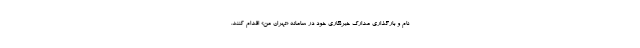
نام و بارگذاری مدارک خبرنگاری خود در سامانه «تهران من» اقدام کنند.